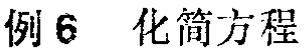
例 6  化简方程